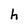
Character: h